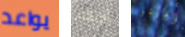
يواعد أحبكم دومينو